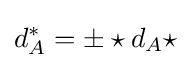
d_{A}^{*}=\pm \star d_{A}\star